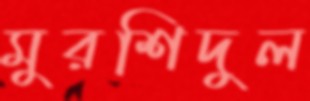
মুরশিদুল